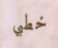
خطبي